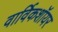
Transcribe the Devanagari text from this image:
वार्विकशॉयर